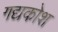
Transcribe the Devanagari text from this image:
गद्यकोश